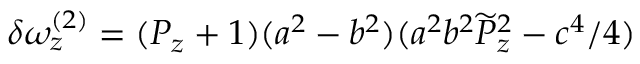
\delta \omega _ { z } ^ { ( 2 ) } = ( P _ { z } + 1 ) ( a ^ { 2 } - b ^ { 2 } ) ( a ^ { 2 } b ^ { 2 } { \widetilde { P } _ { z } } ^ { 2 } - c ^ { 4 } / 4 )